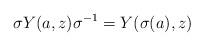
LaTeX: \begin{align*}\sigma Y(a,z)\sigma^{-1} = Y(\sigma(a),z)\end{align*}